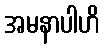
အမနာပါဟိ